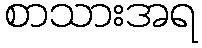
စာသားအရ